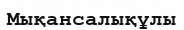
Мықансалықұлы